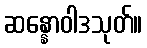
ဆန္နောဝါဒသုတ်။